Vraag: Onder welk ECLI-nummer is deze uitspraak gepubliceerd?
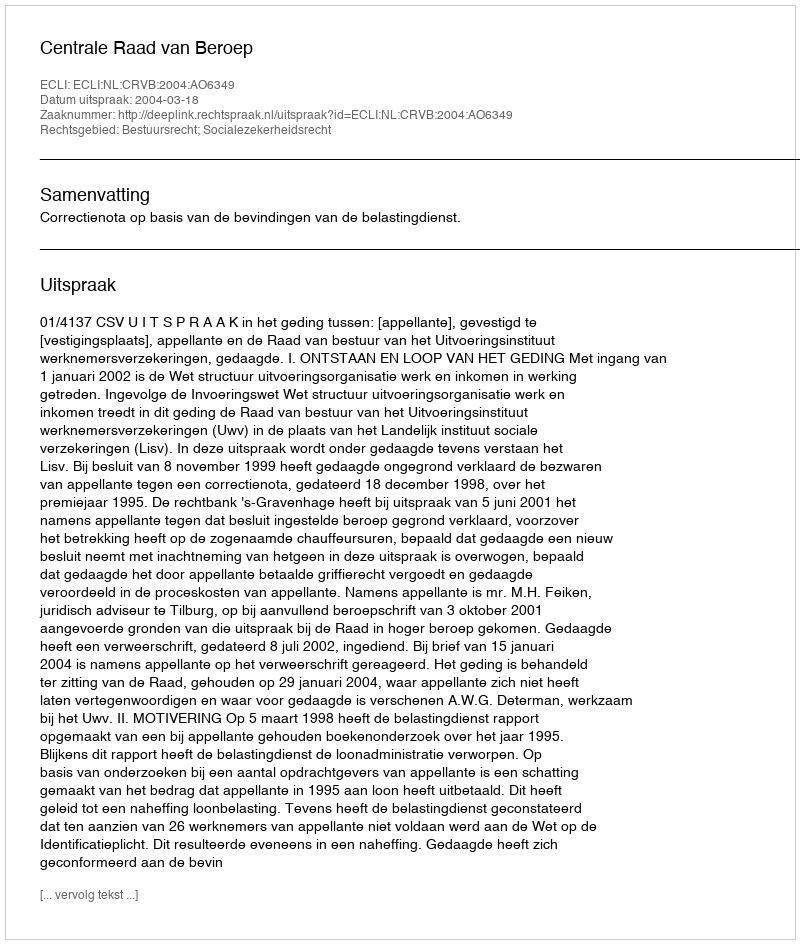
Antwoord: ECLI:NL:CRVB:2004:AO6349